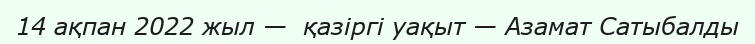
14 ақпан 2022 жыл —  қазіргі уақыт — Азамат Сатыбалды